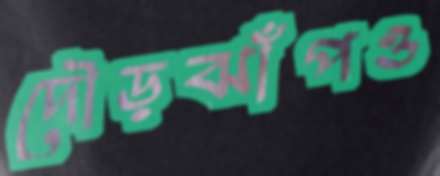
দৌড়ঝাঁপও